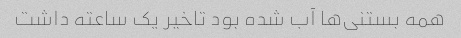
همه بستنی‌ها آب شده بود تاخیر یک ساعته داشت